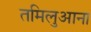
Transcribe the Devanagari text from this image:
तमिलुआना